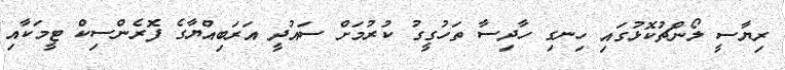
ރިޔާސީ ލޯންޗުކޮޅުގައި ހިނގި ހާދިސާ ތަހުގީގު ކުރުމަށް ސައުދީ އަރަބިއްޔާގެ ފޮރެންސިކް ޓީމަކާއި